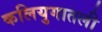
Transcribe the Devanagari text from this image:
कलियुगातली